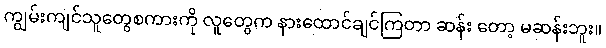
ကျွမ်းကျင်သူတွေစကားကို လူတွေက နားထောင်ချင်ကြတာ ဆန်း တော့ မဆန်းဘူး။